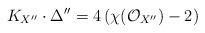
LaTeX: \begin{align*}K_{X^{\prime\prime}}\cdot \Delta^{\prime\prime}=4\left(\chi(\mathcal{O}_{X^{\prime\prime}})-2\right)\end{align*}